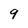
Character: 9